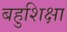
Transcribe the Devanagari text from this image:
बहुशिक्षा